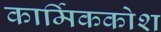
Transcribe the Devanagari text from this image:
कार्मिककोश